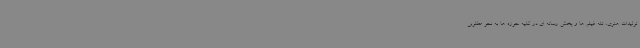
تولیدات هنری، تله فیلم ها و پخش رسانه ای در کلیه حوزه ها به نحو مطلوبی